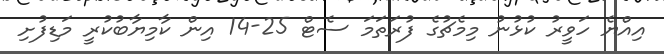
އިއްޔެ ހަވީރު ކުޅުނު މިމެޗުގެ ފުރަތަމަ ސެޓް 25-14 އިން ކާމިޔާބުކުރީ މަޑިފުށި